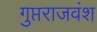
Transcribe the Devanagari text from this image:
गुप्तराजवंश